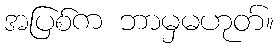
အပြစ်က ဘာမှမဟုတ်။